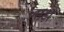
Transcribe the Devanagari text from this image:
लाझ